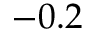
- 0 . 2